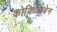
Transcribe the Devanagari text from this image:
कोकिळाबेन